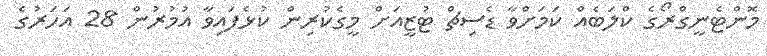
މޮންޓެނީގްރޯގެ ކްލަބެއް ކަމަށްވާ ޑެސިޗް ޓުޒީއަށް މީގެކުރިން ކުޅެފައިވާ އުމުރުން 28 އަހަރުގެ